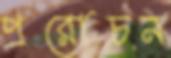
প্ররোচন